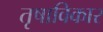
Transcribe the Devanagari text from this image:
तृषाविकार